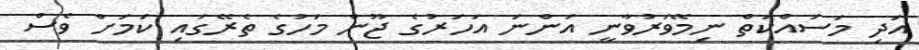
އަދި މަސައްކަތް ނިމޭވަރުވާނީ އަންނަ އަހަރުގެ ޖޫން މަހުގެ ތެރޭގައި ކަމަށް ވެސް